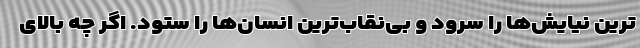
ترینِ نیایش‌ها را سرود و بی‌نقاب‌ترینِ انسان‌ها را ستود. اگر چه بالای